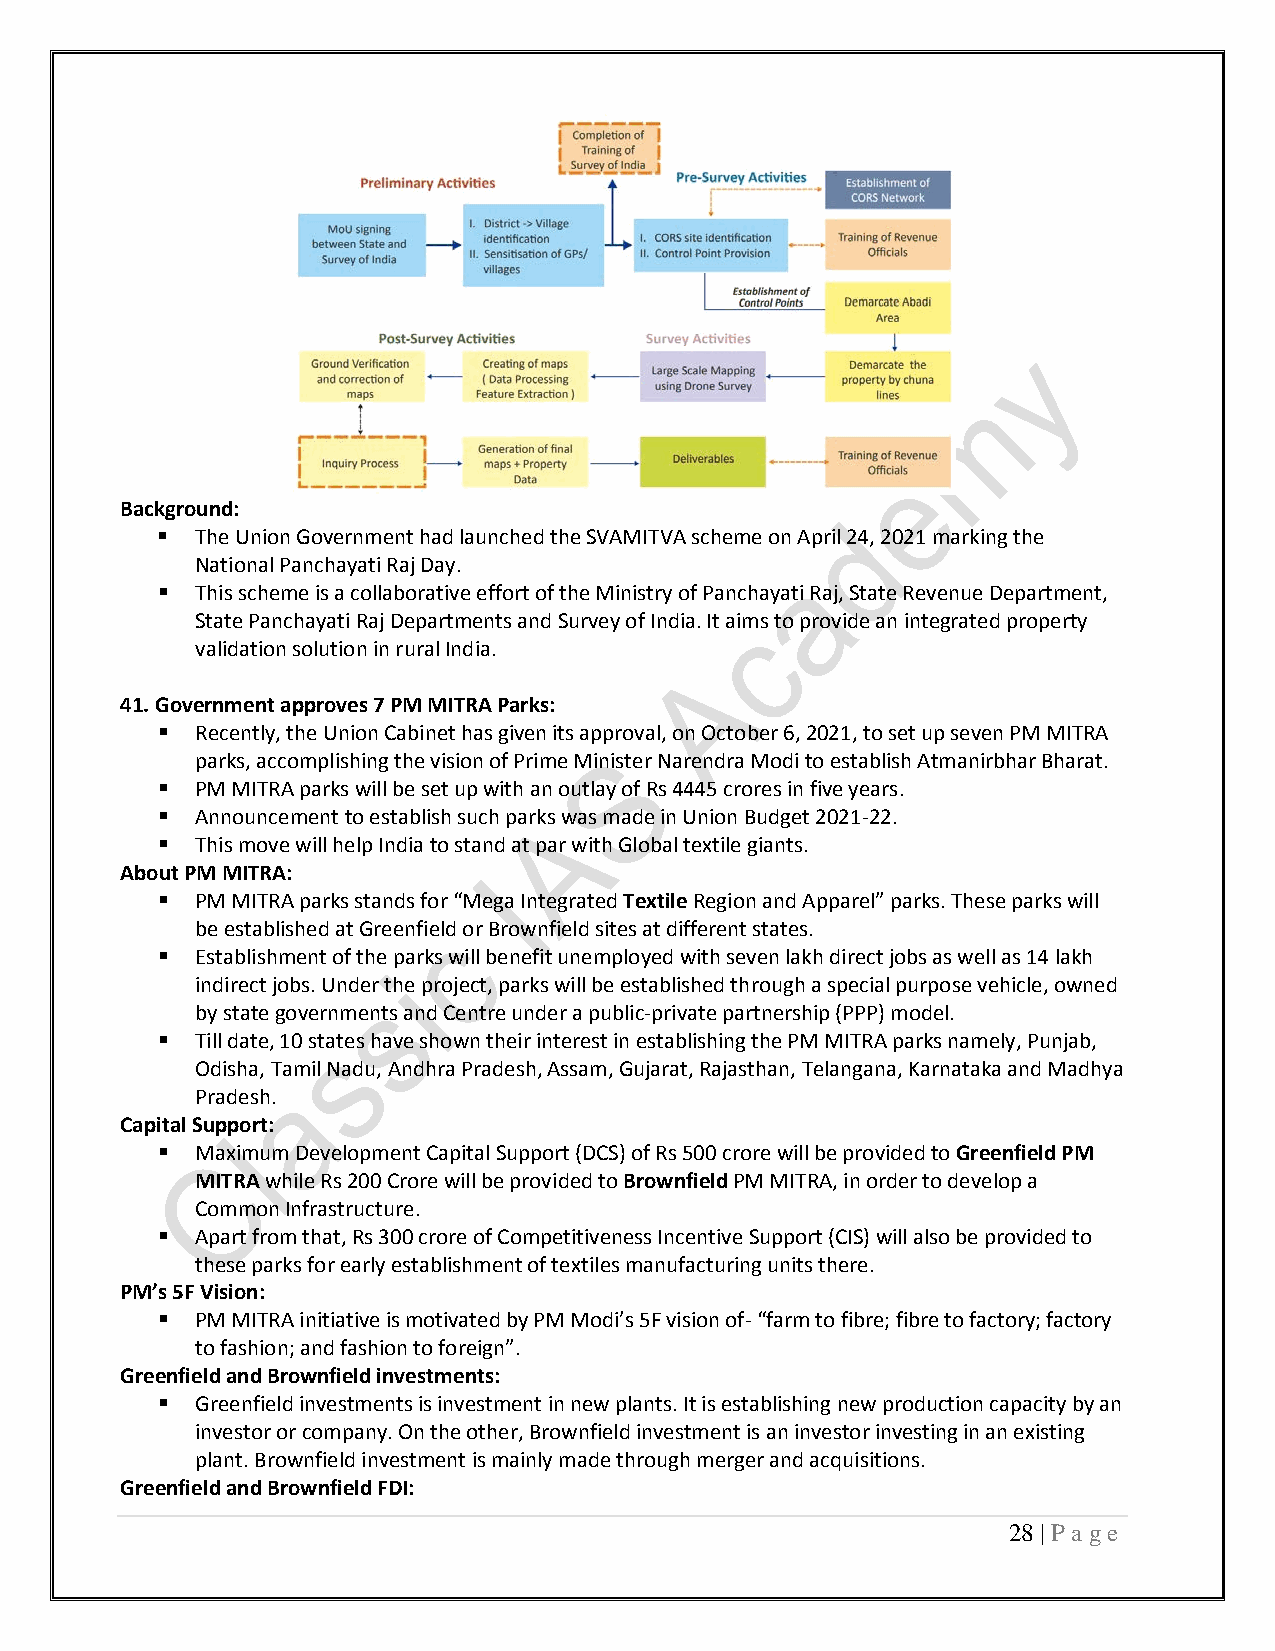
Background:
   The Union Government had launched the SVAMITVA scheme on April 24, 2021 marking the
 National Panchayati Raj Day.
   This scheme is a collaborative effort of the Ministry of Panchayati Raj, State Revenue Department,
 State Panchayati Raj Departments and Survey of India. It aims to provide an integrated property
 validation solution in rural India.
 41. Government approves 7 PM MITRA Parks:
   Recently, the Union Cabinet has given its approval, on October 6, 2021, to set up seven PM MITRA
 parks, accomplishing the vision of Prime Minister Narendra Modi to establish Atmanirbhar Bharat.
   PM MITRA parks will be set up with an outlay of Rs 4445 crores in five years.
   Announcement to establish such parks was made in Union Budget 2021-22.
   This move will help India to stand at par with Global textile giants.
 About PM MITRA:
   PM MITRA parks stands for “Mega Integrated Textile Region and Apparel” parks. These parks will
 be established at Greenfield or Brownfield sites at different states.
   Establishment of the parks will benefit unemployed with seven lakh direct jobs as well as 14 lakh
 indirect jobs. Under the project, parks will be established through a special purpose vehicle, owned
 by state governments and Centre under a public-private partnership (PPP) model.
   Till date, 10 states have shown their interest in establishing the PM MITRA parks namely, Punjab,
 Odisha, Tamil Nadu, Andhra Pradesh, Assam, Gujarat, Rajasthan, Telangana, Karnataka and Madhya
 Pradesh.
 Capital Support:
   Maximum Development Capital Support (DCS) of Rs 500 crore will be provided to Greenfield PM
 MITRA while Rs 200 Crore will be provided to Brownfield PM MITRA, in order to develop a
 Common Infrastructure.
   Apart from that, Rs 300 crore of Competitiveness Incentive Support (CIS) will also be provided to
 these parks for early establishment of textiles manufacturing units there.
 PM’s 5F Vision:
   PM MITRA initiative is motivated by PM Modi’s 5F vision of- “farm to fibre; fibre to factory; factory
 to fashion; and fashion to foreign”.
 Greenfield and Brownfield investments:
   Greenfield investments is investment in new plants. It is establishing new production capacity by an
 investor or company. On the other, Brownfield investment is an investor investing in an existing
 plant. Brownfield investment is mainly made through merger and acquisitions.
 Greenfield and Brownfield FDI:
 28 | P a ge